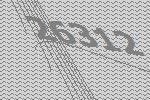
26312